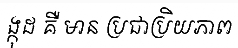
ង្កុដ គឺ មាន ប្រជាប្រិយភាព